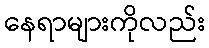
နေရာများကိုလည်း